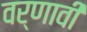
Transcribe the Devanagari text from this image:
वर्णावी